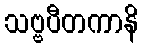
သဗ္ဗပီတကာနိ